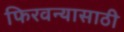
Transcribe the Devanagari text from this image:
फिरवन्यासाठी